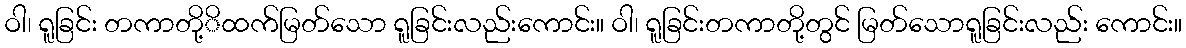
ဝါ၊ ရူခြင်း တကာတို့ိထက်မြတ်သော ရူခြင်းလည်းကောင်း။ ဝါ၊ ရူခြင်းတကာတို့တွင် မြတ်သောရူခြင်းလည်း ကောင်း။